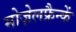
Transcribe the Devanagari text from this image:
मोज़ेलफ्रैन्कें